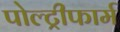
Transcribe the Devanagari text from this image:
पोल्ट्रीफार्म